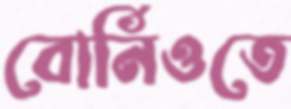
বোর্নিওতে